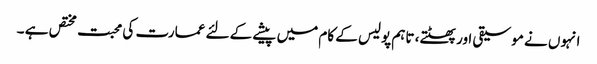
انہوں نے موسیقی اور پھٹتے، تاہم پولیس کے کام میں پیشے کے لئے عمارت کی محبت مختص ہے ۔